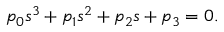
p _ { 0 } s ^ { 3 } + p _ { 1 } s ^ { 2 } + p _ { 2 } s + p _ { 3 } = 0 .